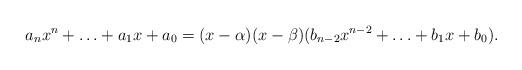
LaTeX: \begin{align*}a_n x^n +\ldots+a_1 x + a_0 = (x-\alpha)(x-\beta)(b_{n-2}x^{n-2}+\ldots+b_1 x + b_0).\end{align*}